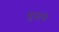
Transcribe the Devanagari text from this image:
मुळंचे